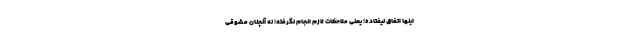
اینها اتّفاق نیفتاده؛ یعنی ملاحظات لازم انجام نگرفته؛ نه آنچنان مشوّقی